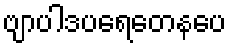
ဗျာပါဒပရေတေနပေ